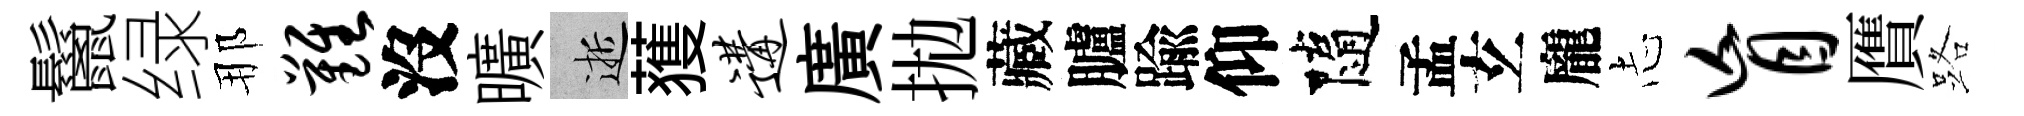
鬣绿那难沒曠逝𫉬遘廣拋藏臚踰仰隨孟𤣥龐𢖽盲贋路